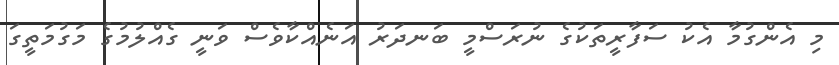
މި އެންގުމާ އެކު ސަފާރީތަކުގެ ނުރަސްމީ ބަނދަރު އަނެއްކާވެސް ވަނީ ގެއްލުމުގެ މަގުމަތީގަ